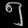
Digit: ၅